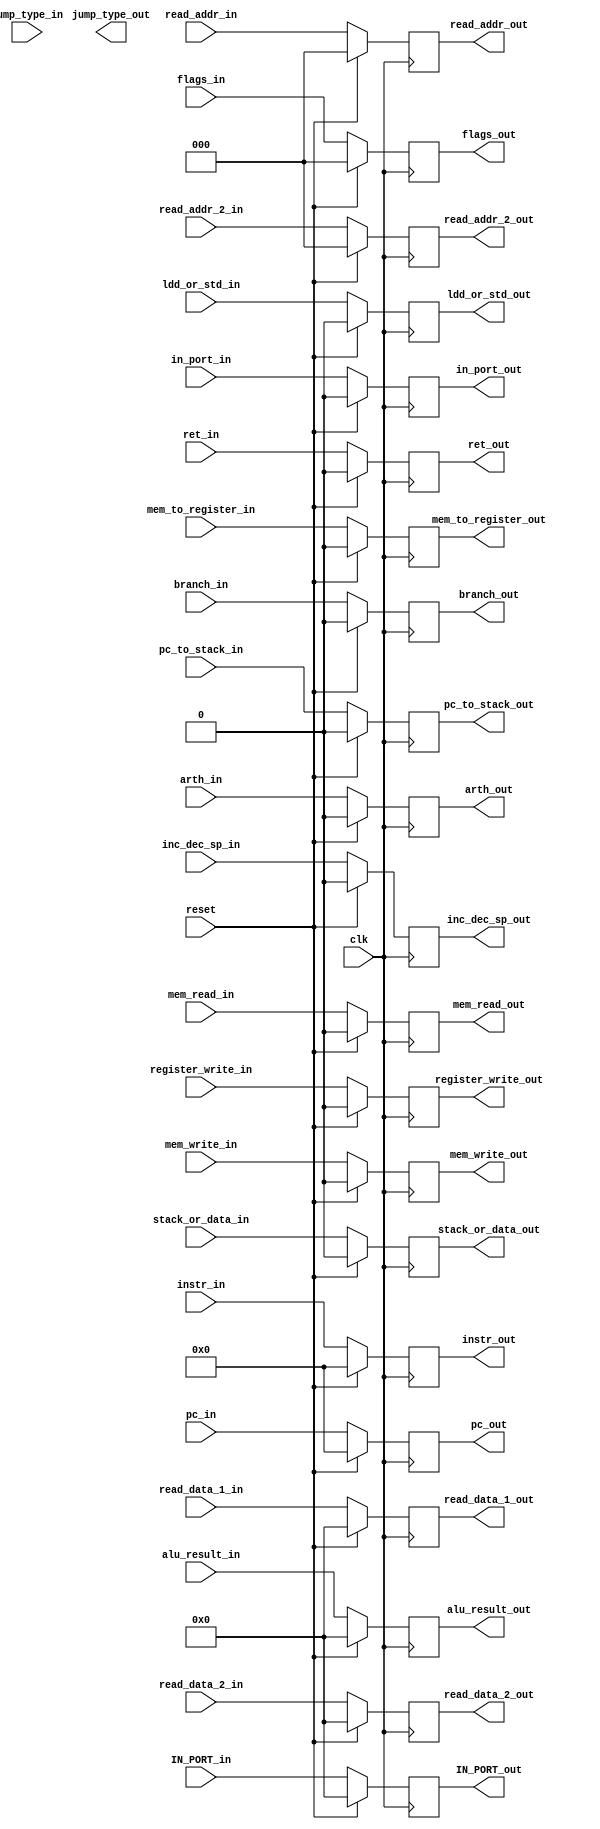
module IE_MEM_buffer (reset,ret_in,ret_out,read_addr_2_in,read_addr_2_out, flags_in,flags_out, instr_in,instr_out, pc_in,pc_out, register_write_in, mem_write_in, mem_to_register_in, mem_read_in, branch_in,jump_type_in,in_port_in,stack_or_data_in,pc_to_stack_in,inc_dec_sp_in,ldd_or_std_in, read_data_2_in, register_write_out, mem_write_out, mem_to_register_out, mem_read_out, branch_out,jump_type_out,in_port_out,stack_or_data_out,pc_to_stack_out,inc_dec_sp_out,ldd_or_std_out, read_data_2_out,alu_result_in,alu_result_out ,read_addr_in,read_addr_out,clk,IN_PORT_in,IN_PORT_out,arth_in,arth_out,read_data_1_in,read_data_1_out);
  input [2:0]  read_addr_in,flags_in,read_addr_2_in;    
  input [1:0]jump_type_in;
  input register_write_in,reset,arth_in, ret_in,mem_write_in, mem_to_register_in, mem_read_in, branch_in,in_port_in,stack_or_data_in,pc_to_stack_in,inc_dec_sp_in,ldd_or_std_in, clk; 
  input [15:0]  read_data_2_in,alu_result_in,IN_PORT_in,read_data_1_in;
  input [31:0] pc_in,instr_in;
  output reg [2:0]  jump_type_out,read_addr_out,flags_out,read_addr_2_out;    
  output reg register_write_out,ret_out,arth_out, mem_write_out, mem_to_register_out, mem_read_out, branch_out,in_port_out,stack_or_data_out,pc_to_stack_out,inc_dec_sp_out,ldd_or_std_out; 
  output reg [15:0]  read_data_2_out,alu_result_out,IN_PORT_out,read_data_1_out;
  output reg [31:0] pc_out,instr_out;
  
  always@(posedge clk) begin
  if(reset)begin
  read_data_1_out=0;
  IN_PORT_out=0;
	ret_out=0;
	mem_write_out=0;
	pc_to_stack_out=0;
	stack_or_data_out=0;
arth_out=0;
  register_write_out = 0;
  read_addr_2_out=0;
  mem_to_register_out = 0;
  mem_read_out = 0;
  read_data_2_out = 0;
  branch_out = 0;
  in_port_out = 0;
  inc_dec_sp_out = 0;
  ldd_or_std_out = 0;
	alu_result_out=0;
	read_addr_out=0;
	pc_out=0;
	instr_out=0;
	flags_out=0;
	end
  else  begin
  read_data_1_out=read_data_1_in;
  arth_out=arth_in;
  IN_PORT_out=IN_PORT_in;
  ret_out=ret_in;
  register_write_out = register_write_in;
  read_addr_2_out=read_addr_2_in;
  mem_write_out = mem_write_in;
  mem_to_register_out = mem_to_register_in;
  mem_read_out = mem_read_in;
  read_data_2_out = read_data_2_in;
  branch_out = branch_in;
  in_port_out = in_port_in;
  stack_or_data_out = stack_or_data_in;
  pc_to_stack_out = pc_to_stack_in;
  inc_dec_sp_out = inc_dec_sp_in;
  ldd_or_std_out = ldd_or_std_in;
	alu_result_out=alu_result_in;
	read_addr_out=read_addr_in;
	pc_out=pc_in;
	instr_out=instr_in;
	flags_out=flags_in;
	end
  end
endmodule